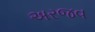
અરજવ